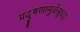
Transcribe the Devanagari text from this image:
प्रदुषणामुळेसुध्दा